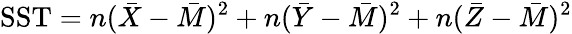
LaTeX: {\mathrm{SST}}=n({\bar{X}}-{\bar{M}})^{2}+n({\bar{Y}}-{\bar{M}})^{2}+n({\bar{Z}}-{\bar{M}})^{2}